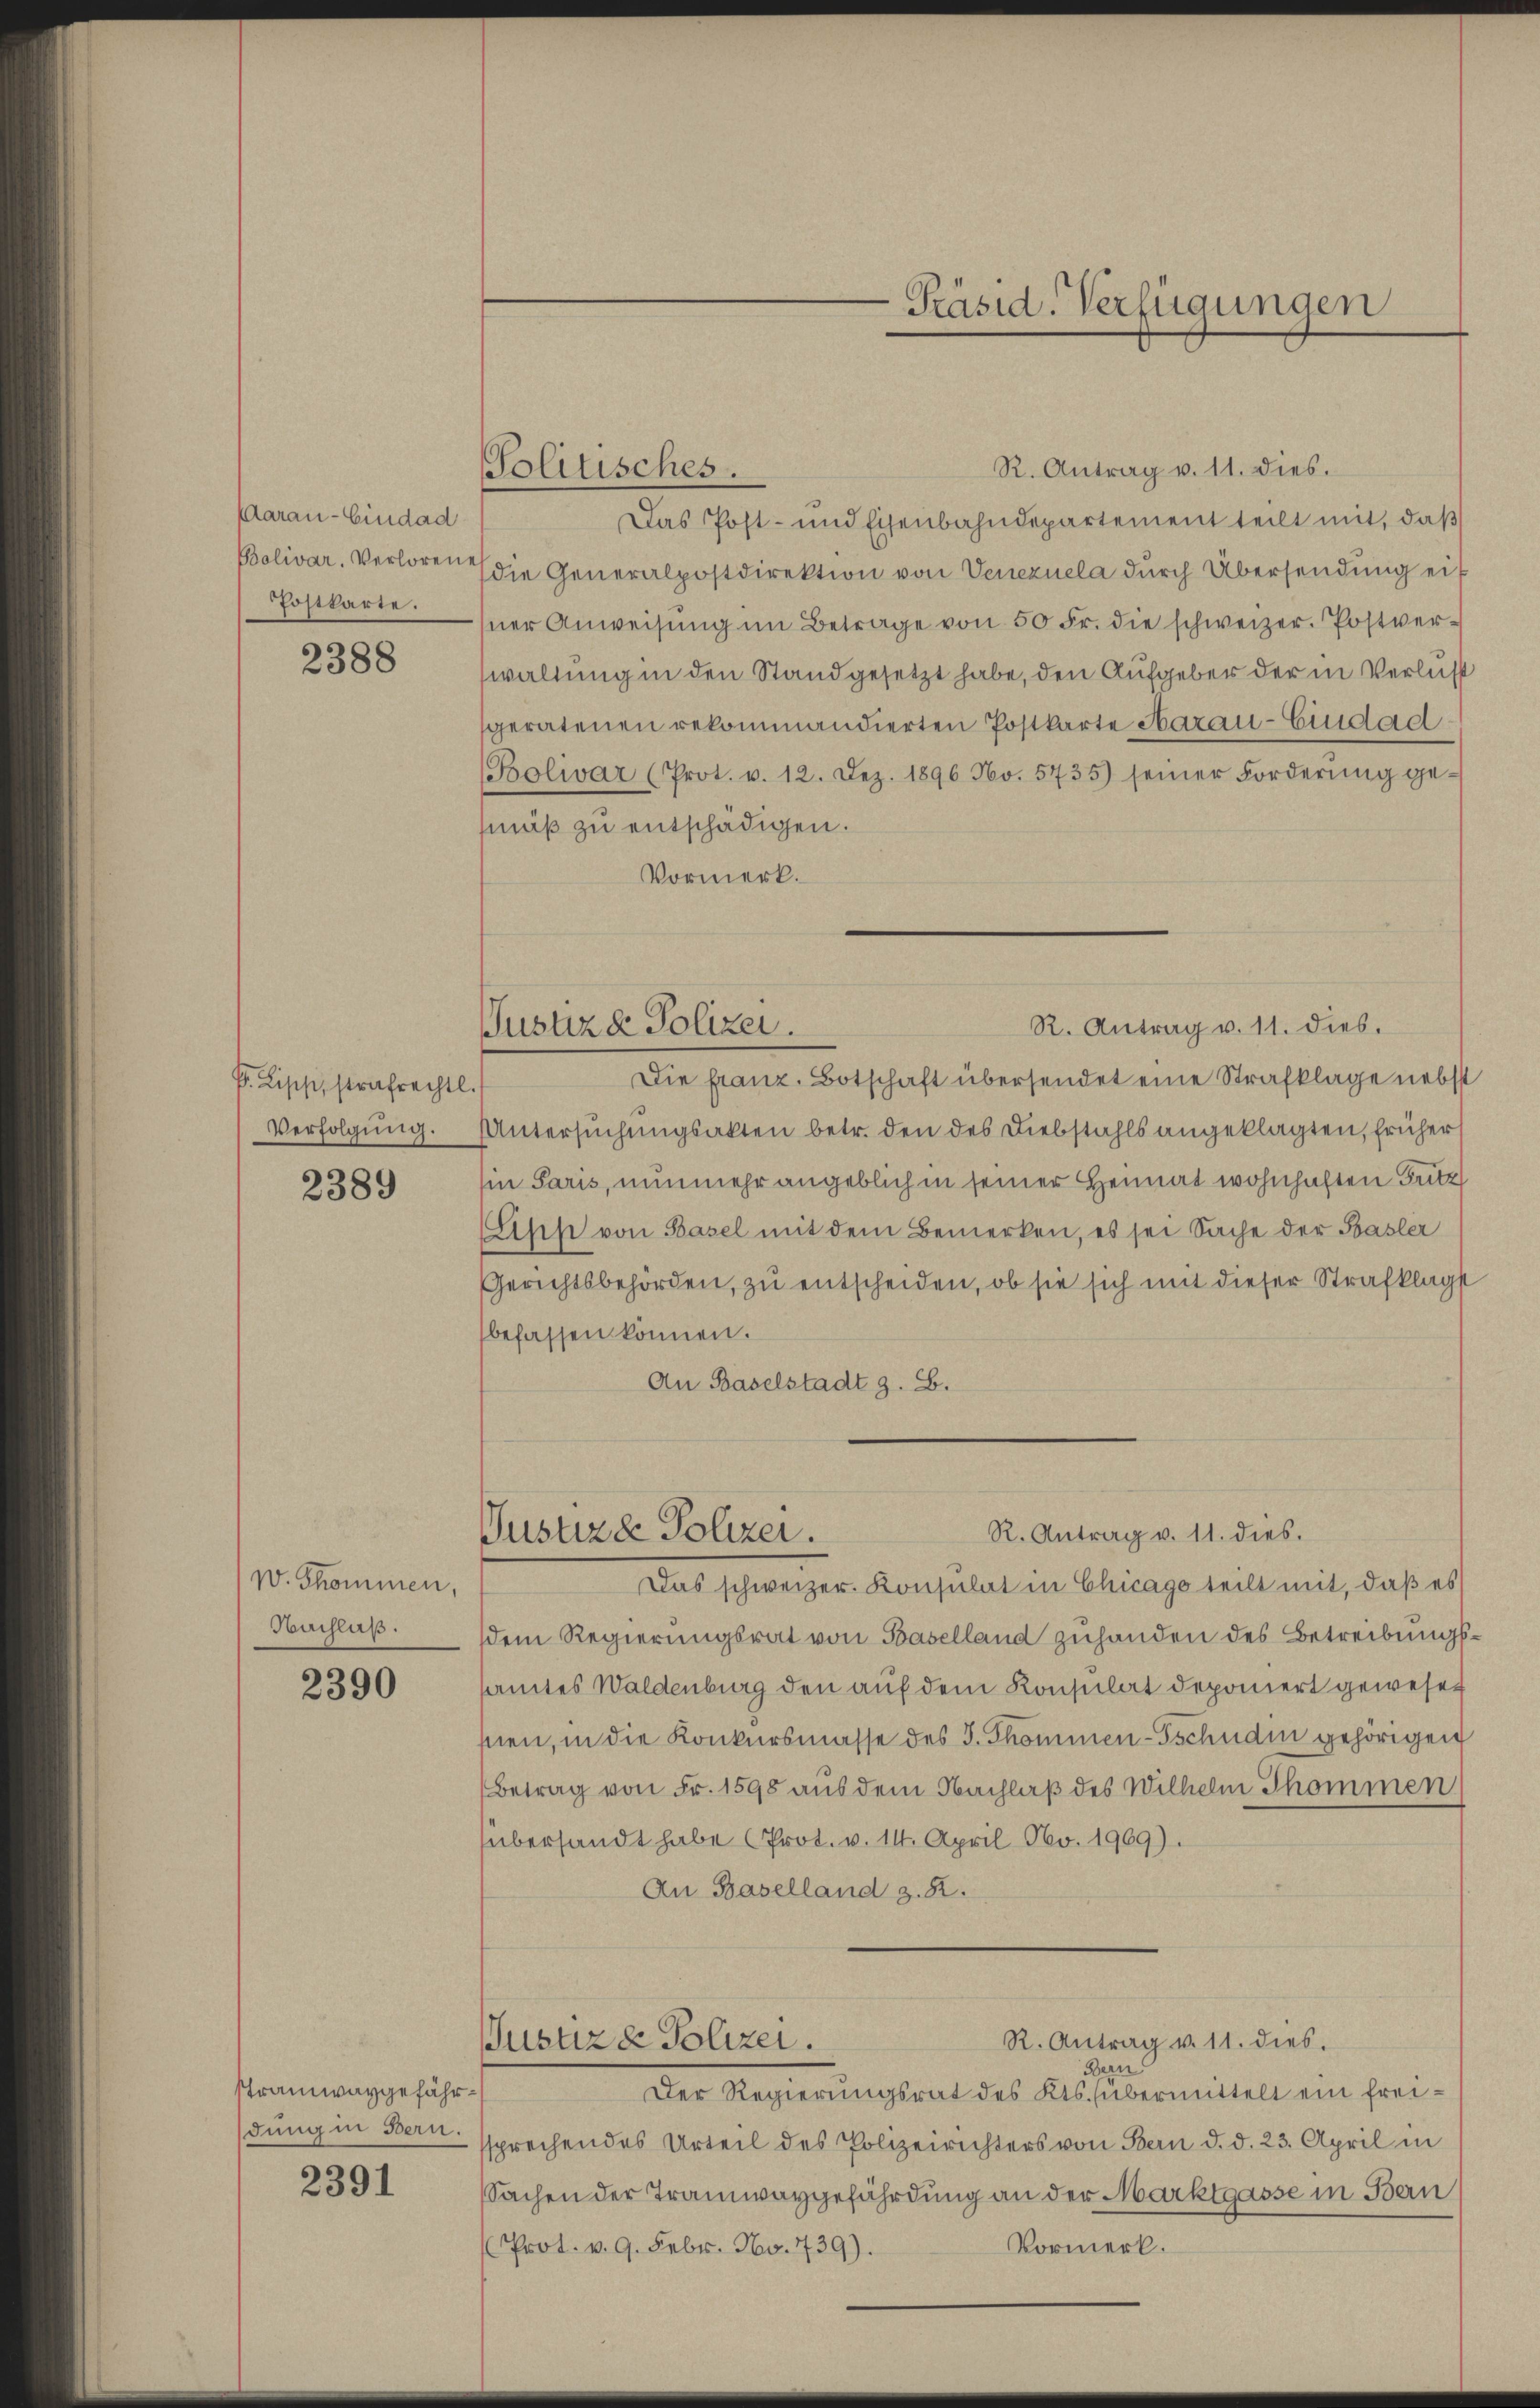
Aarau - Eindad
Bolivar. Verloren
Postkarte.

2388

P. Lische, strafrechtl.
Verfolgung.

2389

W. Thommen,
Nachlaß.

2390

Tramwaygefährdung in Bern.

2391

Politisches.

Präsid. Verfügungen

R. Antrag v. 11. dies.
Das Post- und Eisenbahndepartement teilt mit, daß
(die Generalpostdirektion von Venezuela durch Übersendung eisner Anweisŭng im Betrage von 50 Fr. die schweizer. Postverwaltung in den Stand gesetzt habe, den Aufgeber der in Verlust
geratenen rekommandierten Postkarte Harau-Ciudad¬
Bolivar (Prot. v. 12. Dez. 1896 No. 5735) seiner Forderŭng gemäß zu entschädigen.
Vormerk.
Die franz. Botschaft übersendet eine Strafklage nebst
Untersuchungsakten betr. den des Diebstahls angeklagten, früher
Ein Paris, nunmehr angeblich in seiner Heimat wohnhaften Bütz
(Lipp von Basel mit dem Bemerken, es sei Sache der Basler
Gerichtsbehörden, zu entscheiden, ob sie sich mit dieser Strafklagt
befassen können.
An Baselstadt z. B.
R. Antrag v. 11. dies.
Justizde Polizei.
Das schweizer. Konsulat in Chicago teilt mit, daß es
dem Regierungsrat von Baselland zuhanden des Betreibungssamtes Waldenburg den auf dem Konsulat deponiert gewesen
snien, in die Konkursmasse des J. Thommen-Gschudin gehörigen
Betrag von Fr. 1595 aus dem Nachlaß des Wilhelm Thommen
übersandt habe (Prot. v. 14. April No. 1969).
An Baselland z. B.
R. Antrag v. 11. dies.
Justiz & Polizei.
Bern
Der Regierungsrat des Kts. übermittelt ein freisprechendes Urteil des Polizeirichters von Bern d. d. 23. April in
Sachen der Tramwaygefährdung an der Marktgasse in Ban
Vormerk.
Prot. v. 9. Febr. No. 439).

R. Antrag v. 11. dies.
Justiz & Polizei.